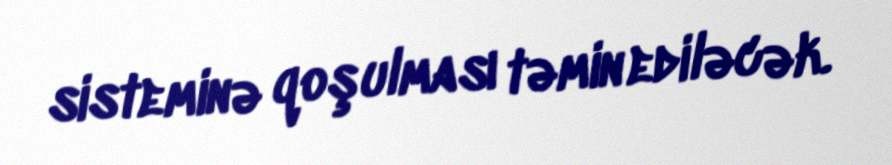
sisteminə qoşulması təmin ediləcək.